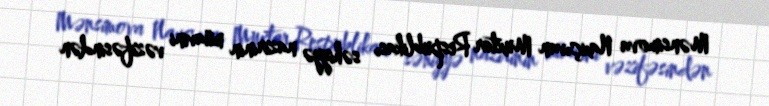
Mənsimova Naxçıvan Muxtar Respublikası səhiyyə nazirinin müavini vəzifəsindən